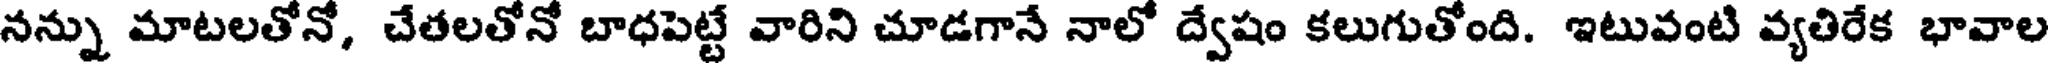
నన్ను మాటలతోనో, చేతలతోనో బాధపెట్టే వారిని చూడగానే నాలో ద్వేషం కలుగుతోంది. ఇటువంటి వ్యతిరేక భావాల